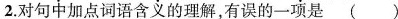
2.对句中加点词语含义的理解，有误的一项是 ( )